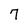
Character: 7